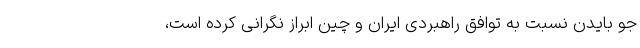
جو بایدن نسبت به توافق راهبردی ایران و چین ابراز نگرانی کرده است،